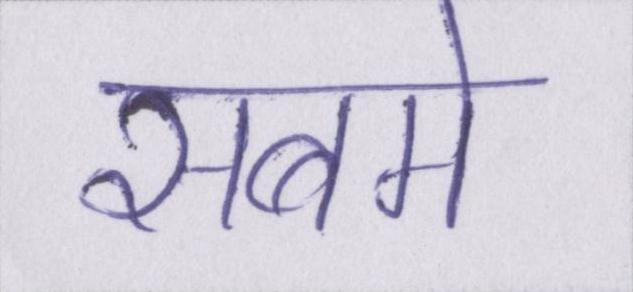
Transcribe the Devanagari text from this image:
सबमे